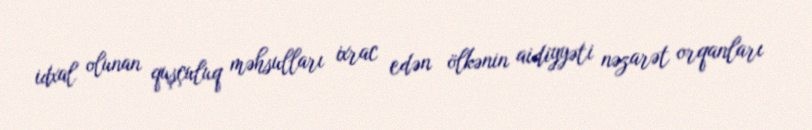
idxal olunan quşçuluq məhsulları ixrac edən ölkənin aidiyyəti nəzarət orqanları